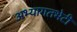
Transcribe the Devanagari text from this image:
अभ्यागतभेटी